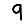
Digit: 9